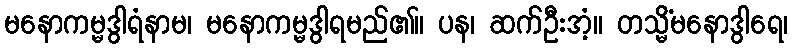
မနောကမ္မဒွါရံနာမ၊ မနောကမ္မဒွါရမည်၏။ ပန၊ ဆက်ဦးအံ့။ တသ္မိံမနောဒွါရေ၊